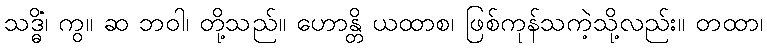
သဒ္ဓိံ၊ ကွ။ ဆ ဘဝါ၊ တို့သည်။ ဟောန္တိ ယထာစ၊ ဖြစ်ကုန်သကဲ့သို့လည်း။ တထာ၊